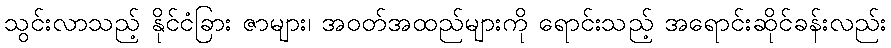
သွင်းလာသည့် နိုင်ငံခြား ဇာများ၊ အဝတ်အထည်များကို ရောင်းသည့် အရောင်းဆိုင်ခန်းလည်း